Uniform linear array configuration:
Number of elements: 48
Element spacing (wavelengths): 0.5
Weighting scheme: kaiser
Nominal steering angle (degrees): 60
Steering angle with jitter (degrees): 58.984
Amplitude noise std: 0.05
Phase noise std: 0.05

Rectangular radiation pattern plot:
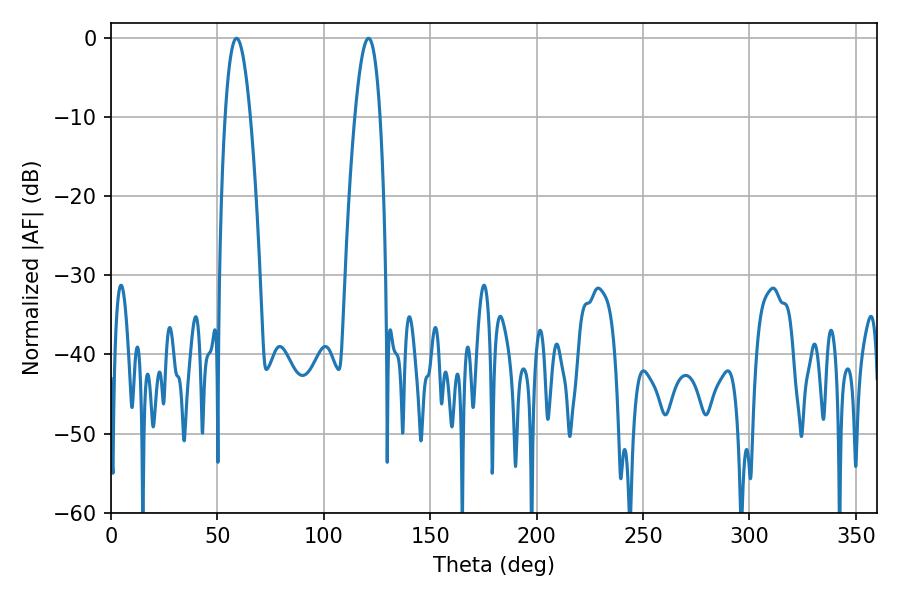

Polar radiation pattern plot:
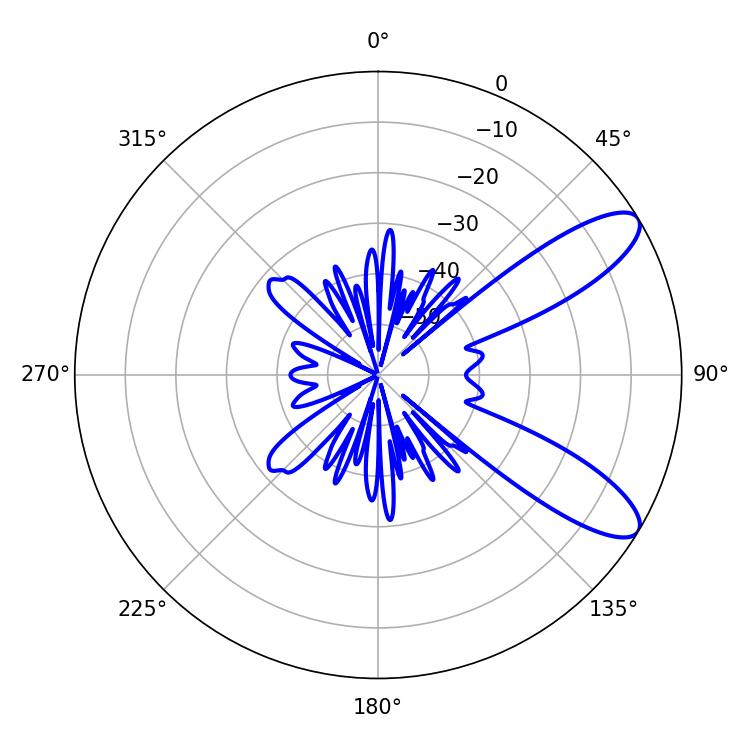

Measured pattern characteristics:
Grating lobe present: FALSE
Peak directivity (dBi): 9.778
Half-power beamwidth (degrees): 6.48
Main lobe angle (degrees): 59.04